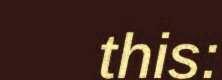
this: